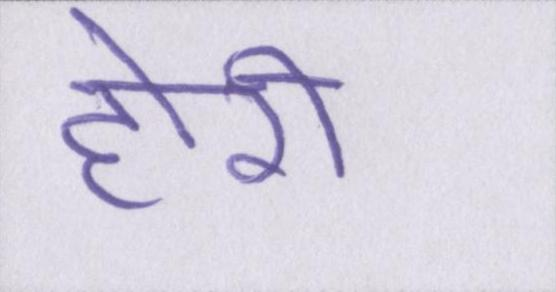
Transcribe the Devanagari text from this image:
होरी